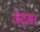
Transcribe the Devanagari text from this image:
जेट्स।